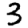
Digit: 3